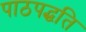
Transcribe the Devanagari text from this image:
पाठपद्धति